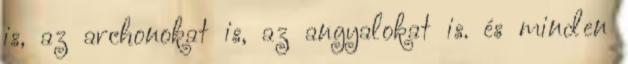
is, az archonokat is, az angyalokat is. és minden